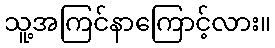
သူ့အကြင်နာကြောင့်လား။